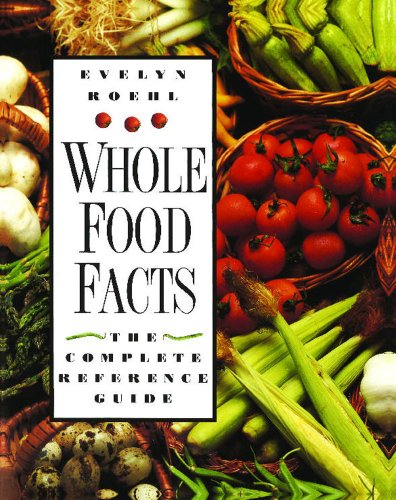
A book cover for Whole Food Facts: The Complete Reference Guide; Evelyn Roehl; Cookbooks, Food & Wine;